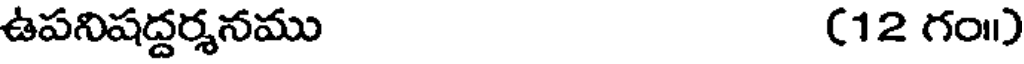
ఉపనిషద్దర్శనము (12 గం1)